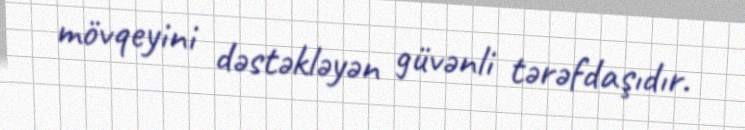
mövqeyini dəstəkləyən güvənli tərəfdaşıdır.